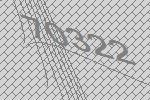
70322